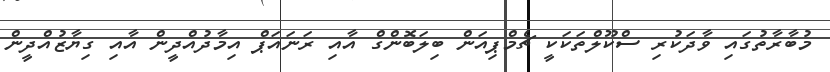
މުބާރާތުގައި ވާދަކުރި ސްކޫލްތަކަކީ ޗެމްޕިއަން ބިލަބޮންގް އާއި ރަނައަޕް އިމާދުއްދީން އާއި ގިޔާޒުއްދީން